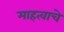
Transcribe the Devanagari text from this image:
माहत्वाचे